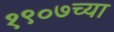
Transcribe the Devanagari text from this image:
१९०७च्या